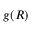
g ( R )